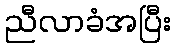
ညီလာခံအပြီး